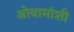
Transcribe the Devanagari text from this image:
ओबामांशी